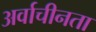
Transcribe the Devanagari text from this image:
अर्वाचीनता